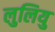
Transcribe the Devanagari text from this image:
लुलियु